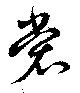
裳